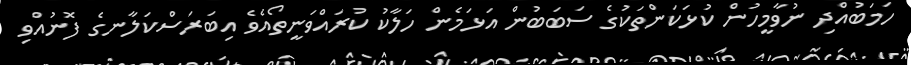
ހަމަބުއްދި ނުވާމީހުން ކުޅަކަންތަކުގެ ސަބަބުން އަޅަމެން ހަލާކު ކުރައްވަނީތޯއެވެ އިބަރަސްކަލާނގެ ފޮނުއްވި